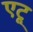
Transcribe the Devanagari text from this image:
एटू